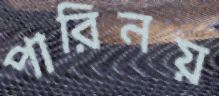
পারিনয়